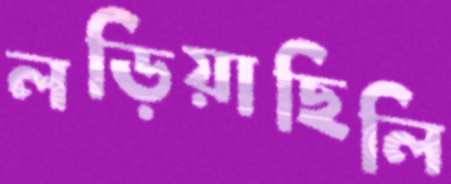
লড়িয়াছিলি